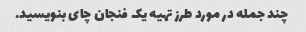
چند جمله در مورد طرز تهیه یک فنجان چای بنویسید.